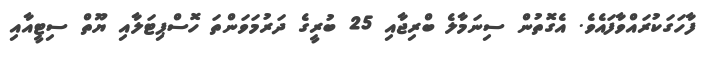
ފާހަގަކުރައްވާފައެވެ. އެގޮތުން ސިނަމާލެ ބްރިޖާއި 25 ބުރީގެ ދަރުމަވަންތަ ހޮސްޕިޓަލާއި ޔޫތް ސިޓީއާއި